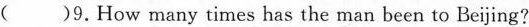
( )9.How many times has the man been to Beijing?